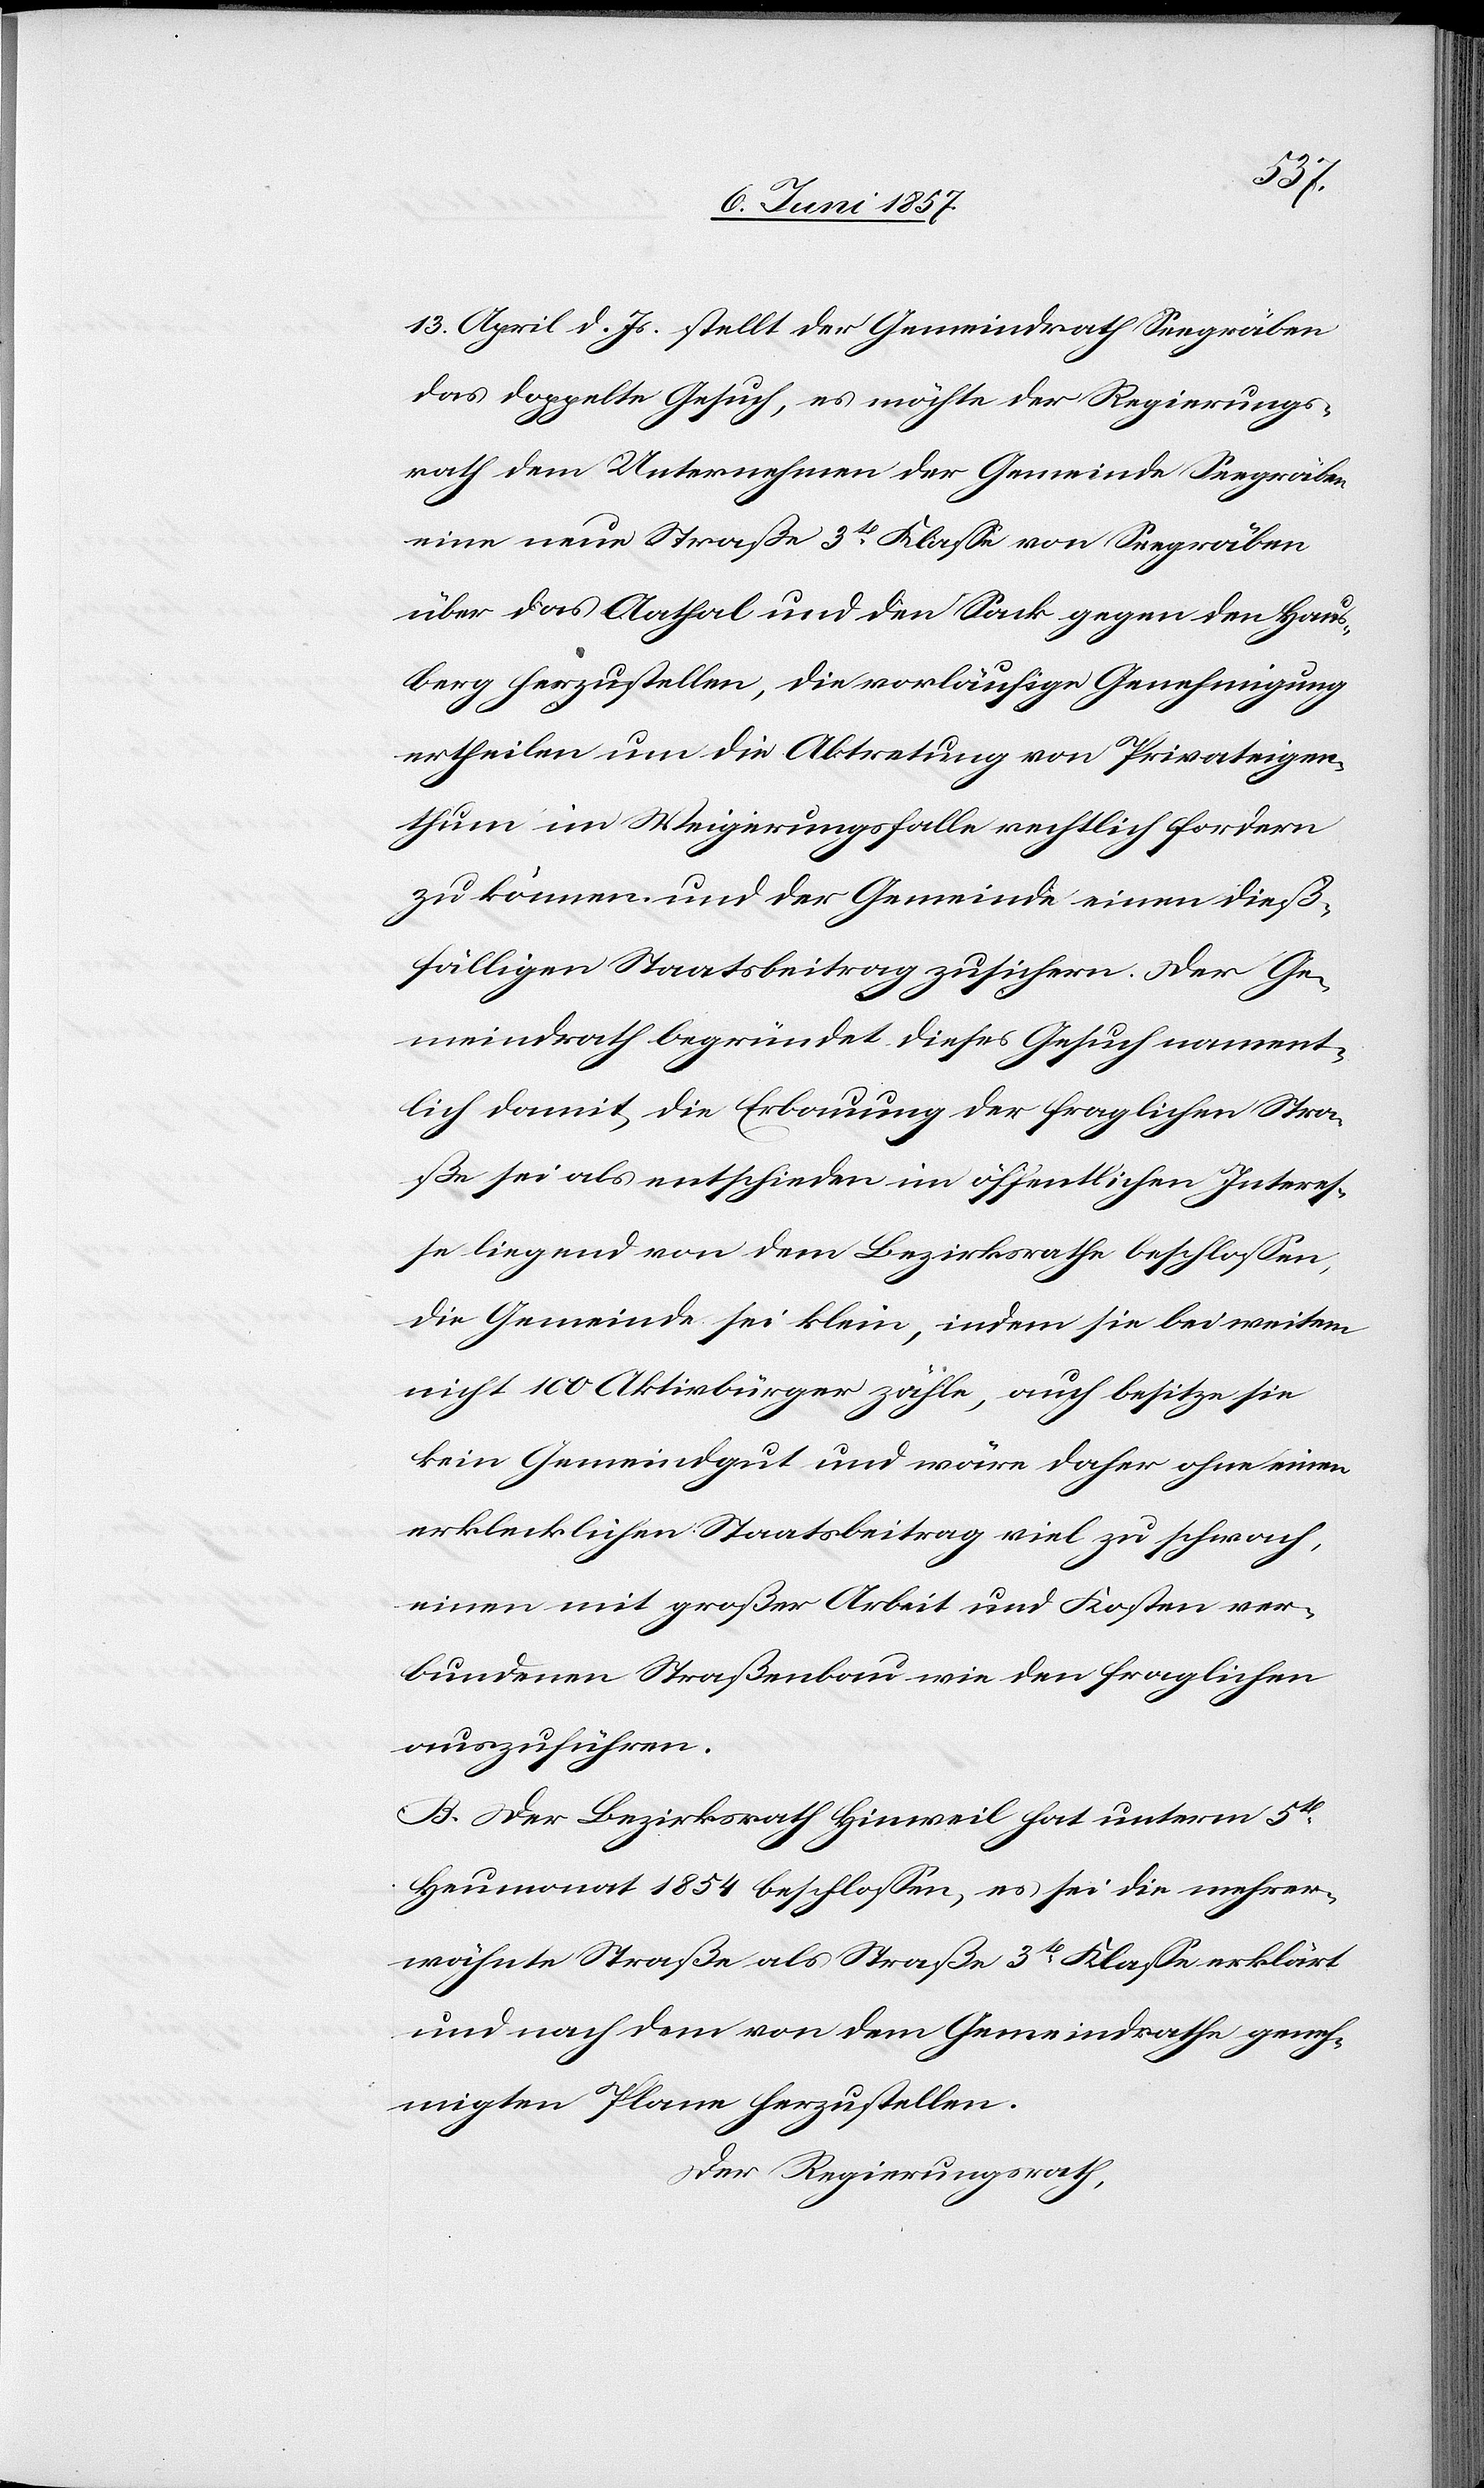
13 April d. Js. stellt der Gemeindrath Seegräben
das doppelte Gesuch, es möchte der Regierungs¬
rath dem Unternehmen der Gemeinde Seegräben
eine neue Straße 3tr Klasse von Seegräben
über das Aathal und den Sack gegen den Haus¬
berg herzustellen, die vorläufige Genehmigung
ertheilen um die Abtretung von Privateigen¬
thum im Weigerungsfalle rechtlich fordern
zu können und der Gemeinde einen dieß¬
fälligen Staatsbeitrag zusichern. Der Ge¬
meindrath begründet dieses Gesuch nament¬
lich damit[;] die Erbauung der fraglichen Stra¬
ße sei als entschieden im öffentlichen Interes¬
se liegend von dem Bezirksrathe beschlossen,
die Gemeinde sei klein, indem sie bei weitem
nicht 100 Aktivbürger zähle, auch besitze sie
kein Gemeindgut und wäre daher ohne einen
erklecklichen Staatsbeitrag viel zu schwach,
einen mit großer Arbeit und Kosten ver¬
bundenen Straßenbau wie den fraglichen
auszuführen.
B. Der Bezirksrath Hinweil hat unterm 5ten
Heumonat 1854 beschlossen, es sei die mehrer¬
wähnte Straße als Straße 3tr Klasse erklärt
und nach dem von dem Gemeindrathe geneh¬
migten Plane herzustellen.
Der Regierungsrath,